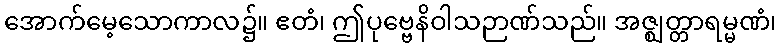
အောက်မေ့သောကာလ၌။ ဧတံ၊ ဤပုဗ္ဗေနိဝါသဉာဏ်သည်။ အဇ္ဈတ္တာရမ္မဏံ၊